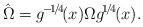
LaTeX: \begin{align*}\hat{\Omega}=g^{\!-\!1\!/\!4\!}(x)\Omega g^{\!1\!/\!4\!}(x).\end{align*}